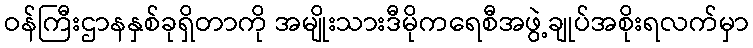
ဝန်ကြီးဌာနနှစ်ခုရှိတာကို အမျိုးသားဒီမိုကရေစီအဖွဲ့ချုပ်အစိုးရလက်မှာ